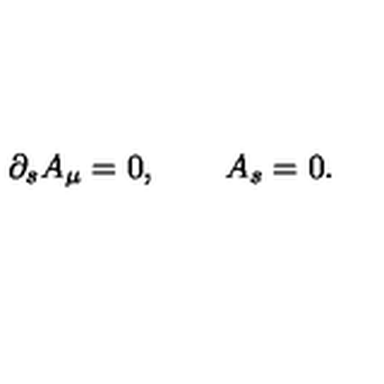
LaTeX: \partial _ { s } A _ { \mu } = 0 , \qquad A _ { s } = 0 .